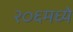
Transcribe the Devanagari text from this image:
२०६मध्ये